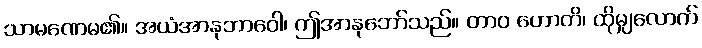
သာမဏေမ၏။ အယံအာနုဘာဝေါ၊ ဤအာနုဘော်သည်။ တာဝ ဟောတိ၊ ထိုမျှလောက်